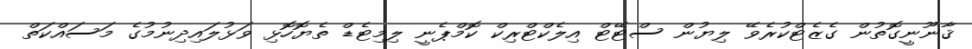
ޤާނޫނީގޮތުން ގެޒެޓްކުރެވޭ ލިޔުން ސްޓޭޓް އިލެކްޓްރިކް ކޮމްޕެނީ ލިމިޓެޑް ތެޔޮހޮޅި ވަޅުލައިދިނުމުގެ މަސައްކަތް